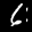
Label: 6